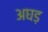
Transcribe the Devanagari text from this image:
अघड़